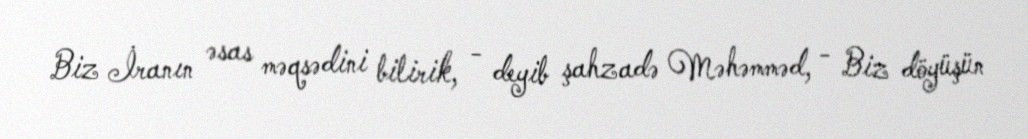
Biz İranın əsas məqsədini bilirik, - deyib şahzadə Məhəmməd, - Biz döyüşün